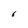
Character: 6